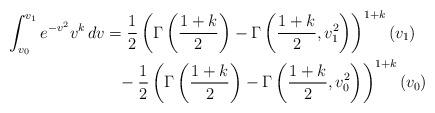
LaTeX: \begin{align*} \begin{aligned}\int_{v_0}^{v_1} e^{-v^2} v^k \, dv &= \frac{1}{2} \left( \Gamma\left(\frac{1+k}{2}\right)-\Gamma\left(\frac{1+k}{2},v_1^2\right)\right)^{1+k}(v_1)\\&\phantom{=}-\frac{1}{2}\left( \Gamma\left(\frac{1+k}{2}\right)-\Gamma\left(\frac{1+k}{2},v_0^2\right)\right)^{1+k}(v_0)\end{aligned}\end{align*}